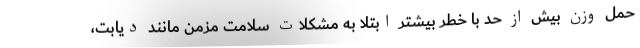
حمل وزن بیش از حد با خطر بیشتر ابتلا به مشکلات سلامت مزمن مانند دیابت،